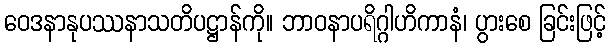
ဝေဒနာနုပဿနာသတိပဋ္ဌာန်ကို။ ဘာဝနာပရိဂ္ဂါဟိကာနံ၊ ပွားစေ ခြင်းဖြင့်